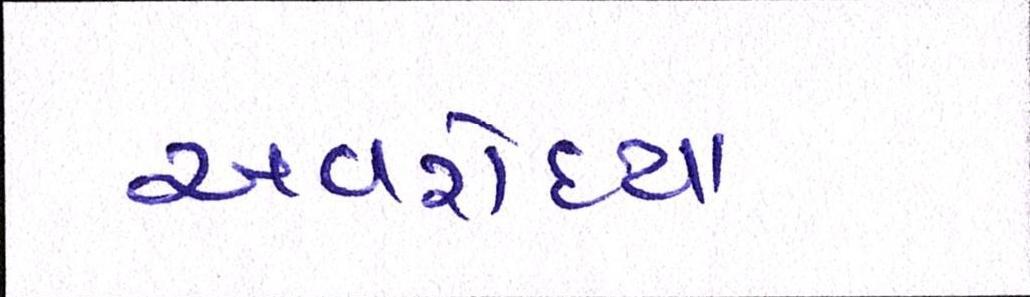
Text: અવરોધ્યા